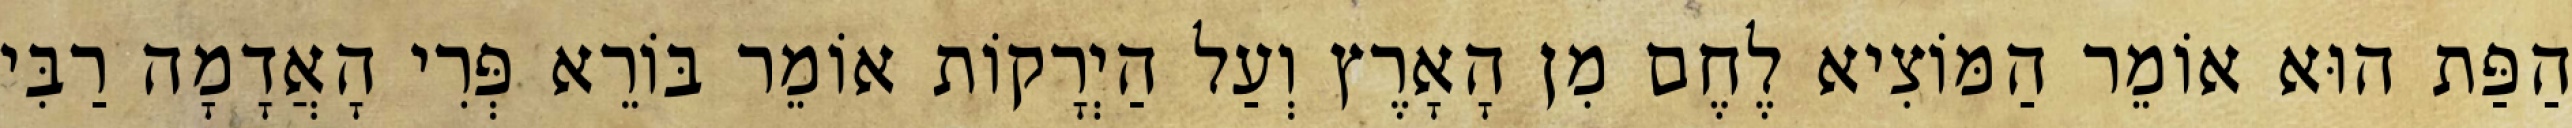
הַפַּת הוּא אוֹמֵר הַמּוֹצִיא לֶחֶם מִן הָאָרֶץ וְעַל הַיְרָקוֹת אוֹמֵר בּוֹרֵא פְּרִי הָאֲדָמָה רַבִּי